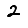
Digit: 2